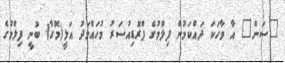
"ސަން" އާ ވާހަކަ ދައްކަމުން ފިލްމުގެ ޕްރޮޑިއުސަރު މުހައްމަދު އަލީ(މޮގާ) ބުނީ ފިލްމުގެ